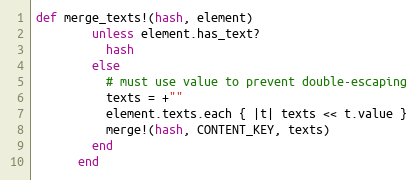
Language: Ruby
def merge_texts!(hash, element)
        unless element.has_text?
          hash
        else
          # must use value to prevent double-escaping
          texts = +""
          element.texts.each { |t| texts << t.value }
          merge!(hash, CONTENT_KEY, texts)
        end
      end